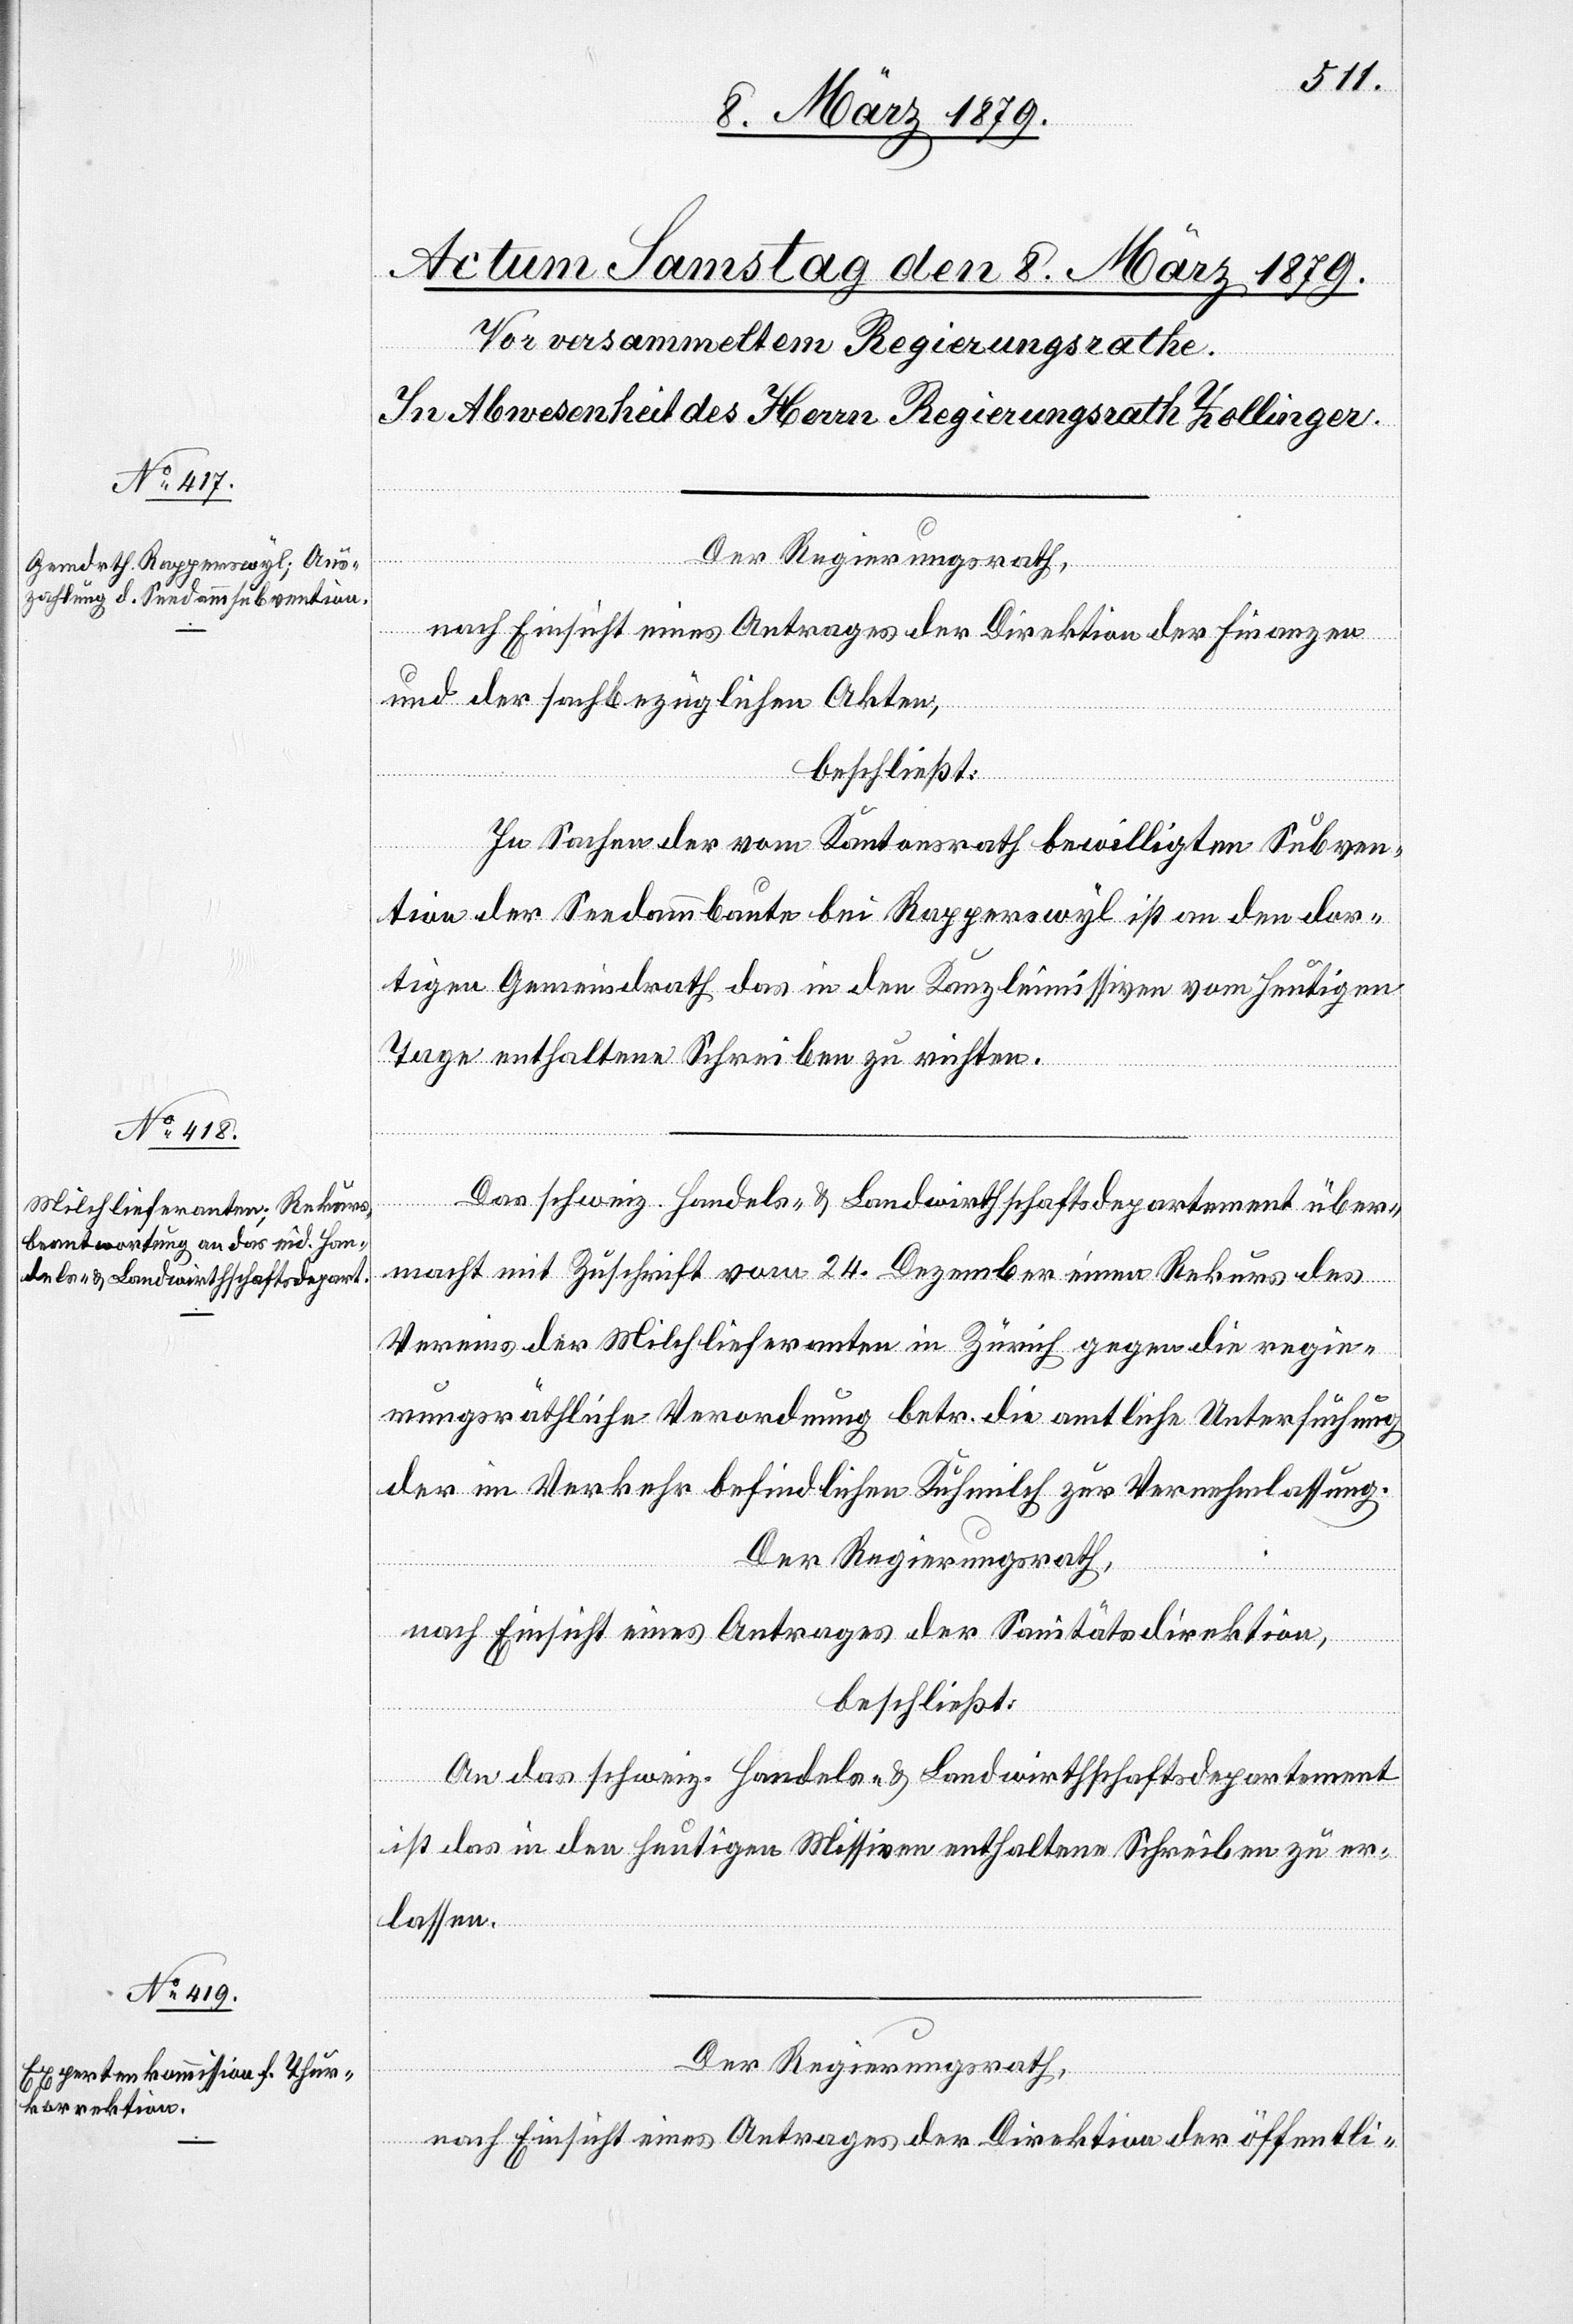
Der Regierungsrath,
nach Einsicht eines Antrages der Direktion der Finanzen
und der sachbezüglichen Akten,
beschließt:
In Sachen der vom Kantonsrath bewilligten Subven¬
tion der Seedammbaute bei Rapperswyl ist an den dor¬
tigen Gemeindrath das in den Kanzleimissiven vom heutigen
Tage enthaltene Schreiben zu richten.
Das schweiz. Handels- & Landwirthschaftsdepartement über¬
macht mit Zuschrift vom 24. Dezember einen Rekurs des
Vereins der Milchlieferanten in Zürich gegen die regie¬
rungsräthliche Verordnung betr. die amtliche Untersuchung
der im Verkehr befindlichen Kuhmilch zur Vernehmlassung.
Der Regierungsrath,
nach Einsicht eines Antrages der Sanitätsdirektion,
beschließt:
An das schweiz. Handels- & Landwirthschaftsdepartement
ist das in den heutigen Missiven enthaltene Schreiben zu er¬
lassen.
Der Regierungsrath,
nach Einsicht eines Antrages der Direktion der öffentli-